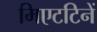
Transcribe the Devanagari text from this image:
मिएटटिनें